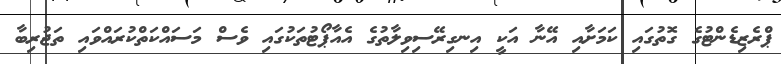
ޕްރެޒިޑެންޓުގެ ގޮތުގައި ކަމަށާއި އޭނާ އަކީ އިނގިރޭސިވިލާތުގެ އެއާޕޯޓުތަކުގައި ވެސް މަސައްކަތްކުރައްވައި ތަޖުރިބާ